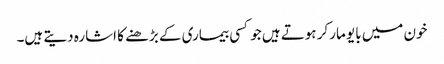
خون میں بایو مارکر ہوتے ہیں جو کسی بیماری کے بڑھنے کا اشارہ دیتے ہیں۔